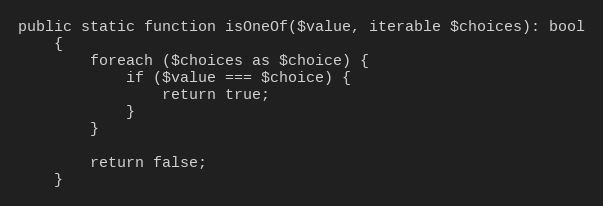
Language: PHP
public static function isOneOf($value, iterable $choices): bool
    {
        foreach ($choices as $choice) {
            if ($value === $choice) {
                return true;
            }
        }

        return false;
    }